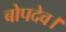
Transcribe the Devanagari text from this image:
बोपदेव।